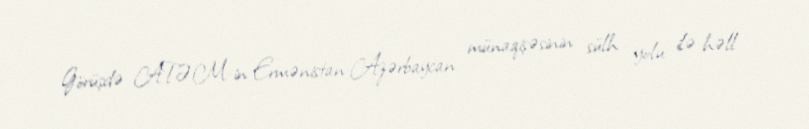
Görüşdə ATƏM-in Ermənistan-Azərbaycan münaqişəsinin sülh yolu ilə həll